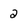
Character: 2